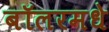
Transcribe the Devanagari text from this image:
बॉलरमधे